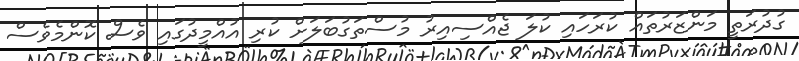
ގުދުރަތީ މަންޒަރުތައް ކުރަހައި ކުލަ ޖެއްސިއިރު މުސްތަގުބަލަށް ކުރި އުއްމީދުގައި ވެސް ކޮންމެވެސް